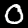
Label: 0